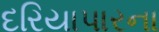
દરિયાપારના